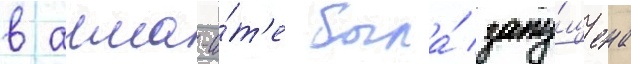
в алма-а́т'е была́ запу́щена